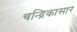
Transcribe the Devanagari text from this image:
चन्द्रिकासार